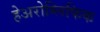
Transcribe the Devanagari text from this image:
हेअरोग्लिफिक